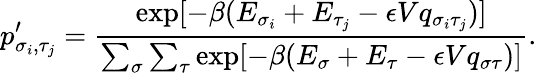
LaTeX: p_{\sigma_{i},\tau_{j}}^{\prime}=\frac{\exp[-\beta(E_{\sigma_{i}}+E_{\tau_{j}}-\epsilon Vq_{\sigma_{i}\tau_{j}})]}{\sum_{\sigma}\sum_{\tau}\exp[-\beta(E_{\sigma}+E_{\tau}-\epsilon Vq_{\sigma\tau})]}.